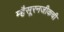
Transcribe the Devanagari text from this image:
म्हैसूरनजीकची